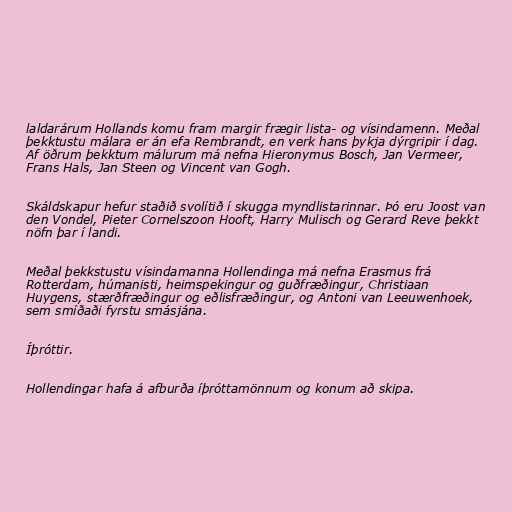
laldarárum Hollands komu fram margir frægir lista- og vísindamenn. Meðal
þekktustu málara er án efa Rembrandt, en verk hans þykja dýrgripir í dag.
Af öðrum þekktum málurum má nefna Hieronymus Bosch, Jan Vermeer,
Frans Hals, Jan Steen og Vincent van Gogh.

Skáldskapur hefur staðið svolítið í skugga myndlistarinnar. Þó eru Joost van
den Vondel, Pieter Cornelszoon Hooft, Harry Mulisch og Gerard Reve þekkt
nöfn þar í landi.

Meðal þekkstustu vísindamanna Hollendinga má nefna Erasmus frá
Rotterdam, húmanisti, heimspekingur og guðfræðingur, Christiaan
Huygens, stærðfræðingur og eðlisfræðingur, og Antoni van Leeuwenhoek,
sem smíðaði fyrstu smásjána.

Íþróttir.

Hollendingar hafa á afburða íþróttamönnum og konum að skipa.